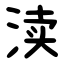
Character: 渎